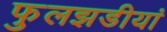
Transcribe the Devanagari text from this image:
फुलझडीयां